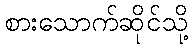
စားသောက်ဆိုင်သို့